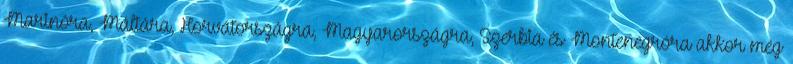
Marinóra, Máltára, Horvátországra, Magyarországra, Szerbia és Montenegróra akkor még